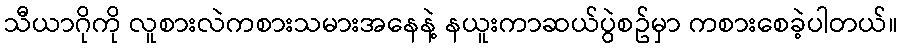
သီယာဂိုကို လူစားလဲကစားသမားအနေနဲ့ နယူးကာဆယ်ပွဲစဥ်မှာ ကစားစေခဲ့ပါတယ်။